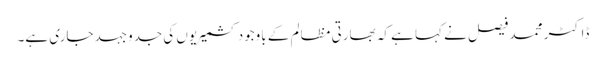
ڈاکٹر محمد فیصل نے کہا ہے کہ بھارتی مظالم کے باوجود کشمیریوں کی جدوجہد جاری ہے۔